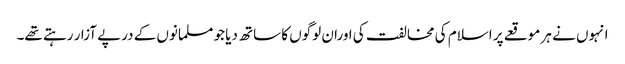
انہوں نے ہر موقعے پر اسلام کی مخالفت کی اوران لوگوں کا ساتھ دیا جو مسلمانوں کے درپے آزار رہتے تھے۔